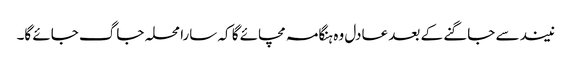
نیند سے جاگنے کے بعد عادل وہ ہنگامہ مچائے گا کہ سارا محلہ جاگ جائے گا۔